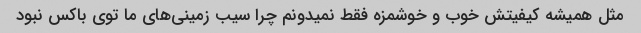
مثل همیشه کیفیتش خوب و خوشمزه فقط نمیدونم چرا سیب زمینی‌های ما توی باکس نبود